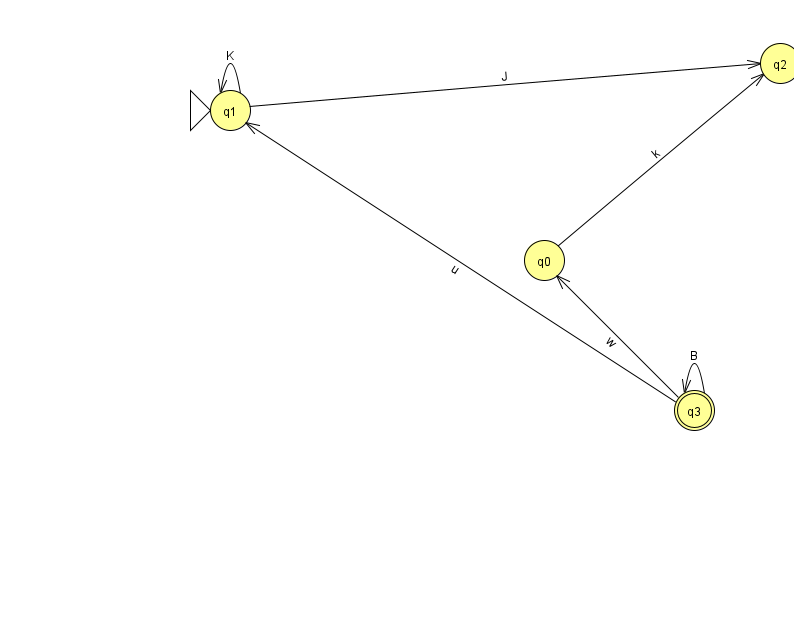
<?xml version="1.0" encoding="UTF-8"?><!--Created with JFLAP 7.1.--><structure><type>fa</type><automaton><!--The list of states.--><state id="0" name="q0"><x>544.0</x><y>247.0</y></state><state id="1" name="q1"><x>230.0</x><y>97.0</y><initial/></state><state id="2" name="q2"><x>780.0</x><y>50.0</y></state><state id="3" name="q3"><x>694.0</x><y>397.0</y><final/></state><!--The list of transitions.--><transition><from>3</from><to>3</to><read>B</read></transition><transition><from>3</from><to>1</to><read>u</read></transition><transition><from>3</from><to>0</to><read>w</read></transition><transition><from>1</from><to>1</to><read>K</read></transition><transition><from>0</from><to>2</to><read>k</read></transition><transition><from>1</from><to>2</to><read>J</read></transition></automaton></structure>